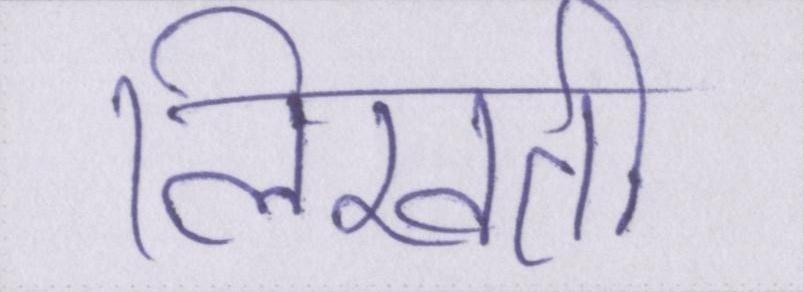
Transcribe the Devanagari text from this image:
लिखती